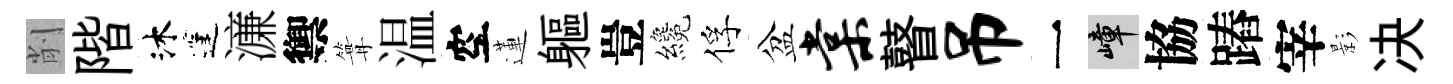
削階沐蓬濓禦篝温空蓮軀豈纔俘盆棠瞽吊一嶂協蹖宰影决